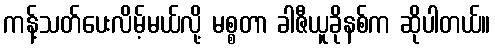
ကန့်သတ်ပေးလိမ့်မယ်လို့ မစ္စတာ ခါဇီယူခိုနစ်က ဆိုပါတယ်။